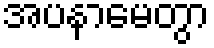
အပနာမေတွာ